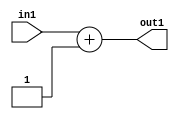
`timescale 1ps / 1ps
/*****************************************************************************
    Verilog RTL Description
    
    Generated at: 10:14:17 CST (+0800), Sunday 17 November 2019
    Generated on: ic58.cs.nthu.edu.tw
    Generated by: mc03 ()
    
    Created by: Stratus DpOpt 2017.1.02 
    Copyright (c) 2014-2015 Cadence Design Systems. All rights reserved worldwide.
    
    Cadence Design Systems proprietary and confidential
    ===================================================
    
    May contain information that incorporates Cadence Design Systems CellMath
    and other inventions claimed in Pending U.S. Patents.
    
    May contain Cadence Design Systems Trade Secrets of which use, disclosure or
    reproduction is contractually restricted or prohibited.  For more
    information, contact your legal department before any use, disclosure or
    reproduction.
*******************************************************************************/

module SobelFilter_Add2i1u2_4 (
	in1,
	out1
	); /* architecture "behavioural" */ 
input [1:0] in1;
output [1:0] out1;
wire [1:0] asc001;

assign asc001 = 
	+(in1)
	+(2'B01);

assign out1 = asc001;
endmodule

/* CADENCE  urb4Tg4= : u9/ySgnYtBlWxVDRUQkU4ug= ** DO NOT EDIT THIS LINE ******/